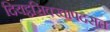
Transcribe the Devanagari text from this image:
दियट्ठसिक्खापदसत